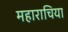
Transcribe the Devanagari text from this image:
महाराचिया